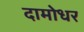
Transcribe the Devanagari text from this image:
दामोधर